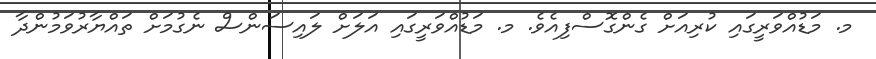
މ. މަޑުއްވަރީގައި ކުރިއަށް ގެންގޮސްފިއެވެ. މ. މަޑުއްވަރީގައި އަލަށް ލައިސަންސް ނެގުމަށް ތައްޔާރުވަމުންދާ